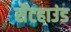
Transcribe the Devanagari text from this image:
सैंटहाउंड